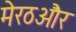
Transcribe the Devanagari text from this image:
मेरठऔर